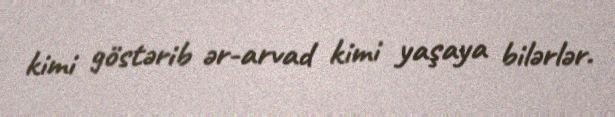
kimi göstərib ər-arvad kimi yaşaya bilərlər.